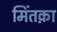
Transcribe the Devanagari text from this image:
मिंतक़ा